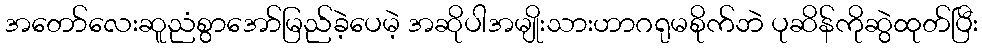
အတော်လေးဆူညံစွာအော်မြည်ခဲ့ပေမဲ့ အဆိုပါအမျိုးသားဟာဂရုမစိုက်ဘဲ ပုဆိန်ကိုဆွဲထုတ်ပြီး